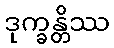
ဒုက္ခန္တိဿ